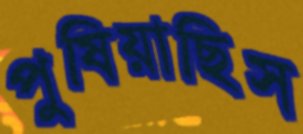
পুষিয়াছিস